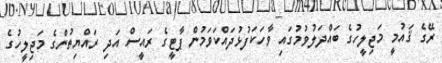
ރޭގެ ޤައުމީ މަޖިލީހުގެ ބައްދަލުވުމުގައި ވާހަކަފުޅުދައްކަވަމުން ޕާޓީގެ ރައީސް އަދި ރައްޔިތުންގެ މަޖިލީހުގެ